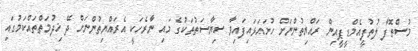
މުސްތޮފާ ލުތުފީއެމްޑީޕީއިން ރައްޔިތުންނަށް ހުށައަޅައިފައިވާ ސިޔާސަތުތަކުގެ މައި ނާރެހަކީ އެރައްޔިތުންނަށް ދޭ ޚިދުމަތްތައްކަމުގައި